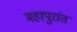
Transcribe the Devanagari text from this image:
महापुरांत